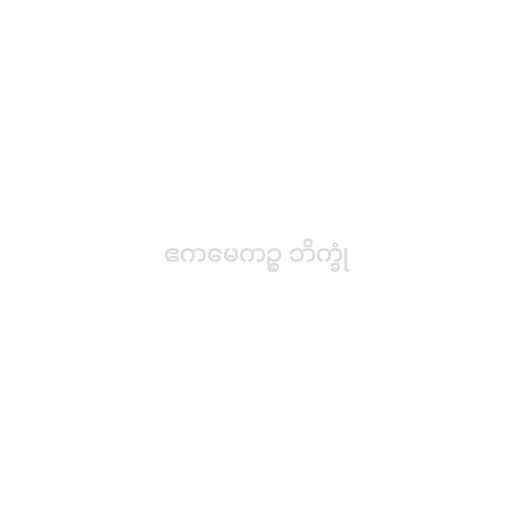
ဧကမေကဉ္စ ဘိက္ခုံ